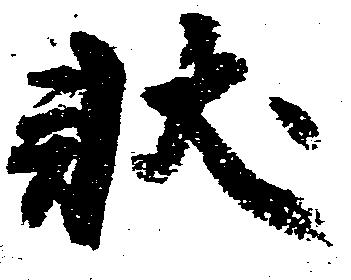
状